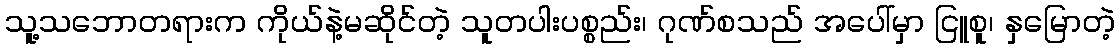
သူ့သဘောတရားက ကိုယ်နဲ့မဆိုင်တဲ့ သူတပါးပစ္စည်း၊ ဂုဏ်စသည် အပေါ်မှာ ငြူစူ၊ နှမြောတဲ့